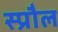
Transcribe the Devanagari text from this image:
स्प्रौल